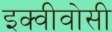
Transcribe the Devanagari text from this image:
इक्वीवोसी